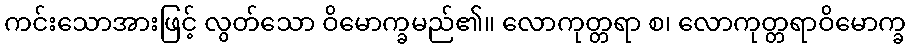
ကင်းသောအားဖြင့် လွတ်သော ဝိမောက္ခမည်၏။ လောကုတ္တရာ စ၊ လောကုတ္တရာဝိမောက္ခ